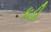
કડી